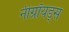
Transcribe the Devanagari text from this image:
नीग्रॉयड्स